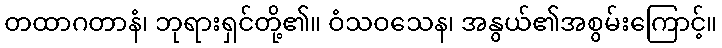
တထာဂတာနံ၊ ဘုရားရှင်တို့၏။ ဝံသဝသေန၊ အနွယ်၏အစွမ်းကြောင့်။